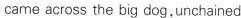
came across the big dog,unchained.